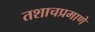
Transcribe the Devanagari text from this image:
तशाचप्रमाणे